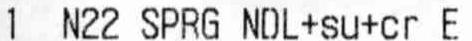
1 N22 SPRG NDL+SU+CR E